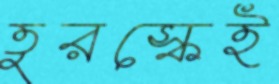
তুরস্কেই